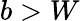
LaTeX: b>W